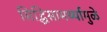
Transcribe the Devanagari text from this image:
सिद्धिसामर्थ्यामुळे